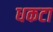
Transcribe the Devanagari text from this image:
धकटा